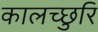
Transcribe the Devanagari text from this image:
कालच्छुरि